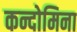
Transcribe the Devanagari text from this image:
कन्दोमिना